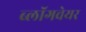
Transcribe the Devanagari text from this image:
ब्लॉगवेयर